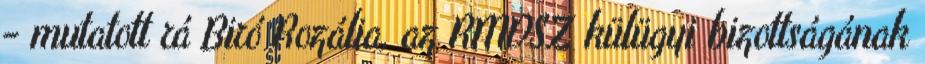
− mutatott rá Biró Rozália, az RMDSZ külügyi bizottságának